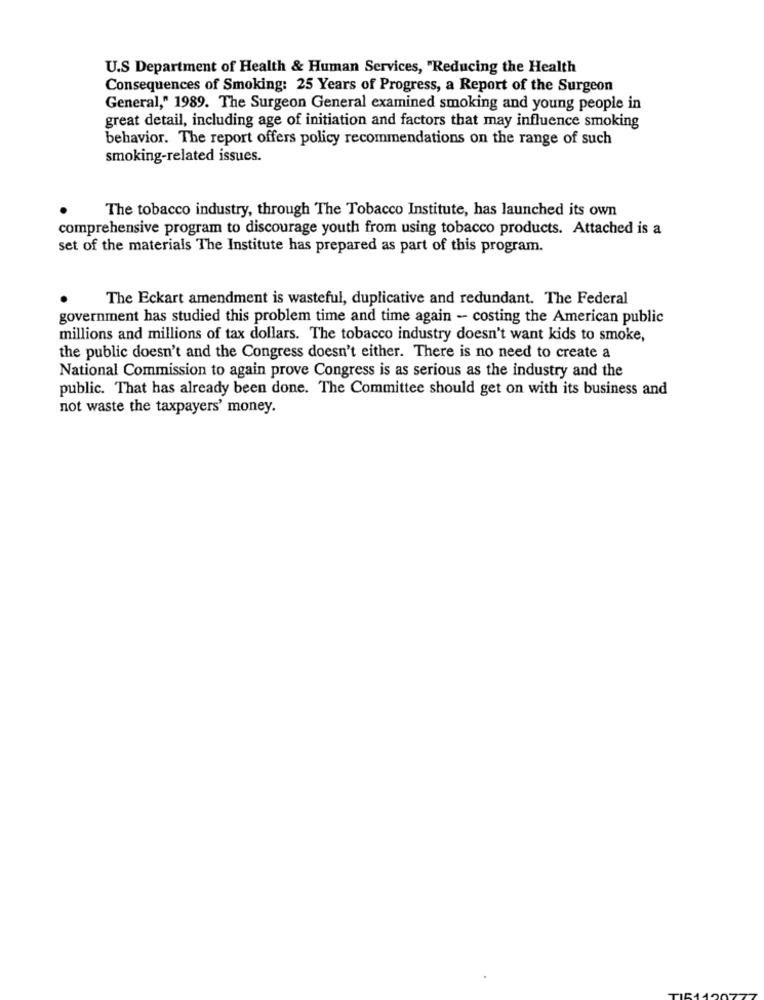
U.S Department of Health & Human Services, "Reducing the Health
Consequences of Smoking: 25 Years of Progress, a Report of the Surgeon
General," 1989. The Surgeon General examined smoking and young people in
great detail, including age of initiation and factors that may influence smoking
behavior. The report offers policy recommendations on the range of such
smoking-related issues.
The tobacco industry, through The Tobacco Institute, has launched its own
comprehensive program to discourage youth from using tobacco products. Attached is a
set of the materials The Institute has prepared as part of this program.
The Eckart amendment is wasteful, duplicative and redundant. The Federal
government has studied this problem time and time again - costing the American public
millions and millions of tax dollars. The tobacco industry doesn't want kids to smoke,
the public doesn't and the Congress doesn't either. There is no need to create a
National Commission to again prove Congress is as serious as the industry and the
public. That has already been done. The Committee should get on with its business and
not waste the taxpayers' money.